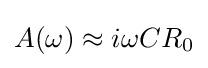
A(\omega )\approx i\omega CR_{0}